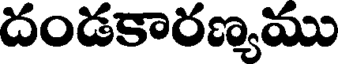
దండకారణ్యము